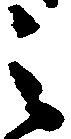
之